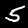
Label: 5